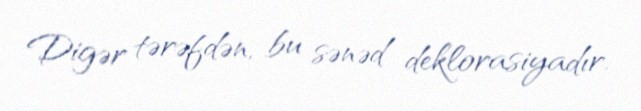
Digər tərəfdən, bu sənəd deklorasiyadır.